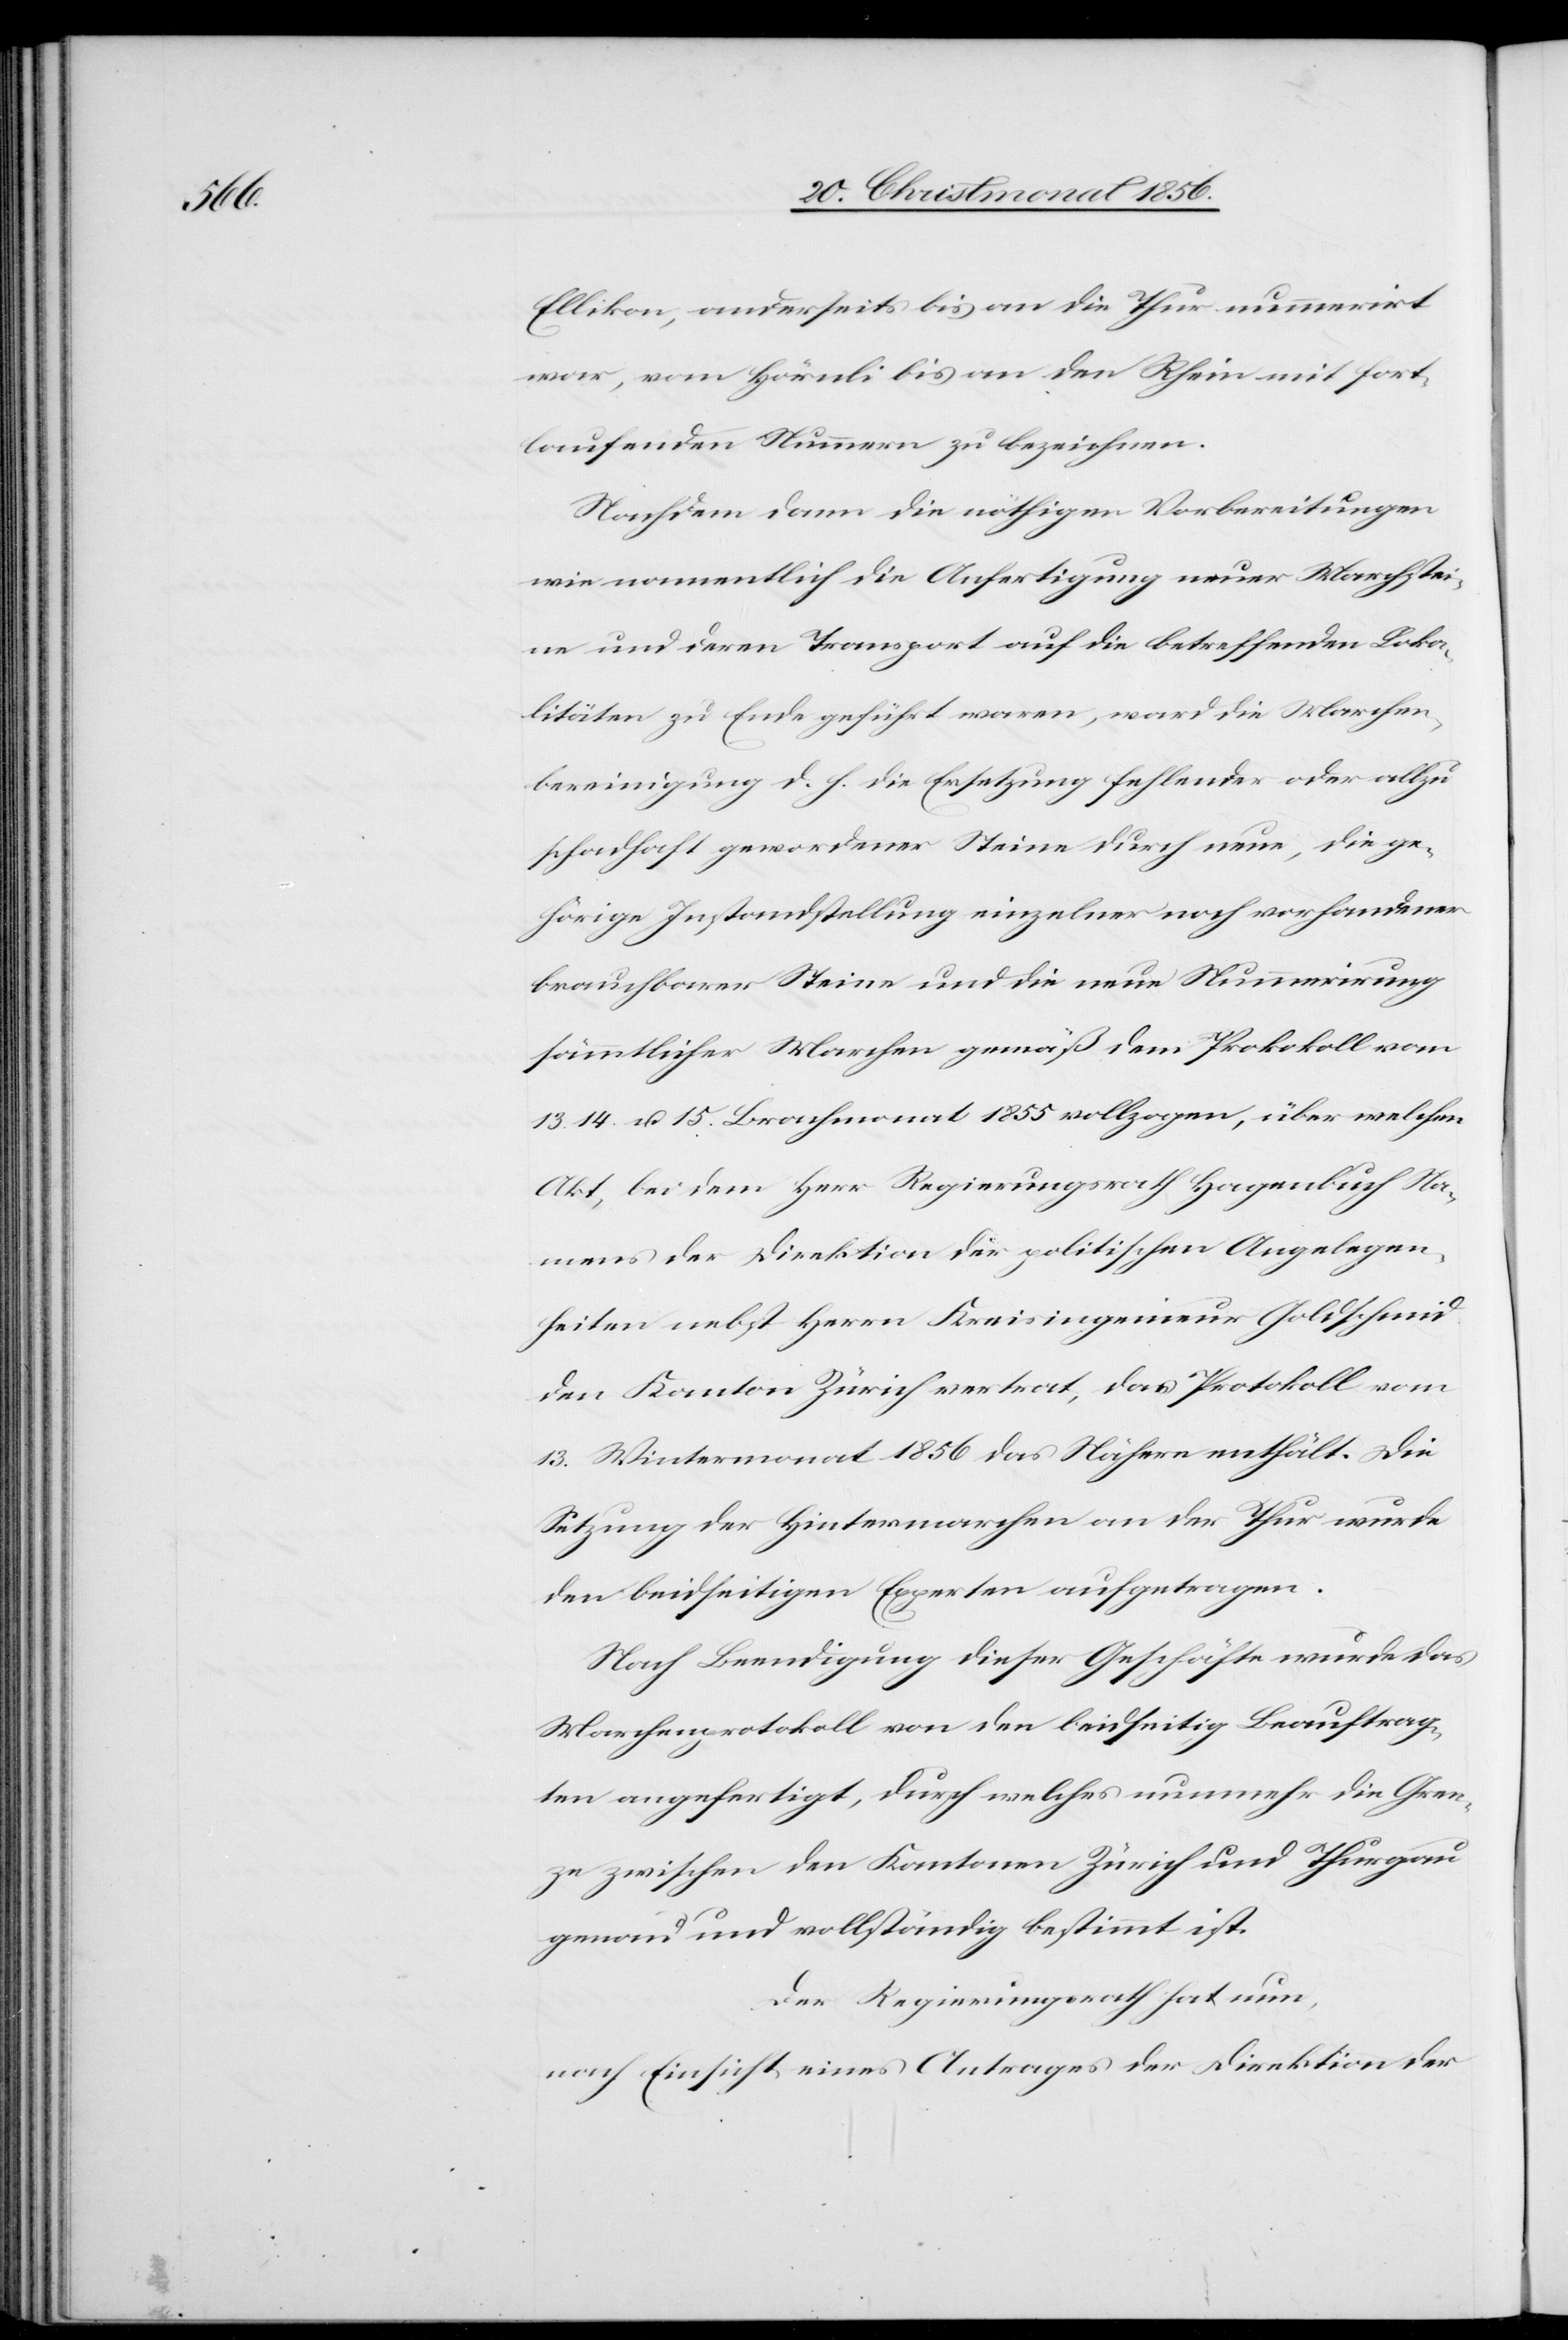
Ellikon, anderseits bis an die Thur nummerirt
war, vom Hörnli bis an den Rhein mit fort¬
laufenden Nummern zu bezeichnen.
Nachdem dann die nöthigen Vorbereitungen
wie namentlich die Anfertigung neuer Marchstei¬
ne und deren Transport auf die betreffenden Loka¬
litäten zu Ende geführt waren, ward die Marchen¬
bereinigung d. h. die Ersetzung fehlender oder allzu
schadhaft gewordener Steine durch neue, die ge¬
hörige Instandstellung einzelner noch vorhandener
brauchbarer Steine und die neue Nummerirung
sämmtlicher Marchen gemäß dem Protokoll vom
14. u. 15. Brachmonat 1855 vollzogen, über welchen
Akt, bei dem Herr Regierungsrath Hagenbuch Na¬
mens der Direktion der politischen Angelegen¬
heiten nebst Herrn Kreisingenieur Goldschmid
den Kanton Zürich vertrat, das Protokoll vom
13. Wintermonat 1856 das Nähere enthält. Die
Setzung der Hintermarchen an der Thur wurde
den beidseitigen Experten aufgetragen.
Nach Beendigung dieser Geschäfte wurde das
Marchenprotokoll von den beidseitig Beauftrag¬
ten angefertigt, durch welches nunmehr die Gren¬
ze zwischen den Kantonen Zürich und Thurgau
genau und vollständig bestimmt ist.
Der Regierungsrath hat nun,
nach Einsicht eines Antrages der Direktion der